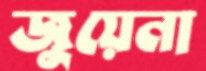
জুয়েনা